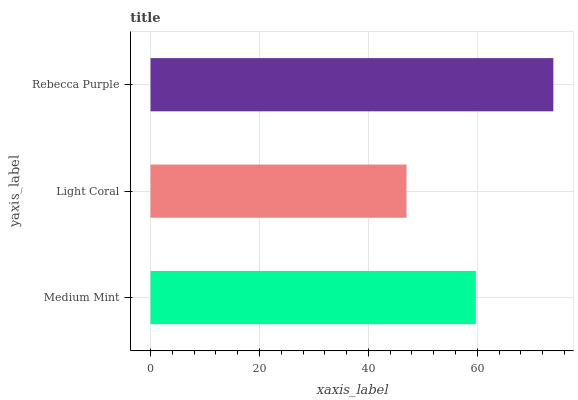
| yaxis_label | bars |
 | --- | --- |
 | Medium Mint | 59.7 |
 | Light Coral | 47 |
 | Rebecca Purple | 74 |